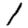
Digit: 1